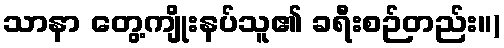
သာနာ တွေ့ကျိုးနပ်သူ၏ ခရီးစဉ်တည်း။)